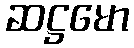
ဆဋ္ဌမော